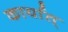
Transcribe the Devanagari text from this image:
कार्यात्